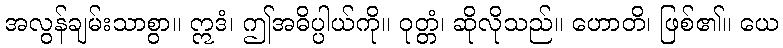
အလွန်ချမ်းသာစွာ။ ဣဒံ၊ ဤအဓိပ္ပါယ်ကို။ ဝုတ္တံ၊ ဆိုလိုသည်။ ဟောတိ၊ ဖြစ်၏။ ယေ